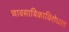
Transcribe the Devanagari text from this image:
व्यावसायिकाविरोधात